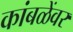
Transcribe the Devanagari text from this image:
कांबळेंवर